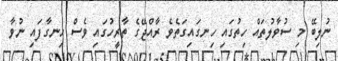
ނުލިބޭ މި ސުވާލުތައް ހިތުގައި ހިނގައިގަތެވެ ރާއްޖޭގެ ތާރީހުގައި ވެސް ހިނގާފައި ނުވާ